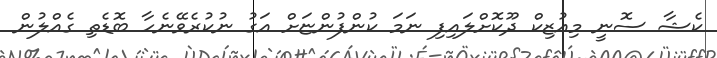
ކެޝާ ސޮނީ މިއުޒިކް ދޫކޮށްލައިފި ނަމަ ކުންފުންޏަށް އަގު ނުކުރެވޭނެހާ ބޮޑެތި ގެއްލުން